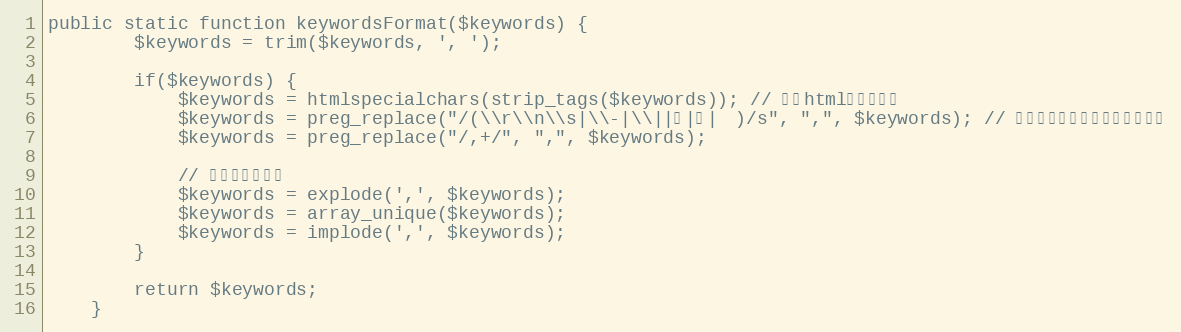
Language: PHP
public static function keywordsFormat($keywords) {
		$keywords = trim($keywords, ', ');

		if($keywords) {
			$keywords = htmlspecialchars(strip_tags($keywords)); // 去掉html和特殊符号
			$keywords = preg_replace("/(\\r\\n\\s|\\-|\\||，|、|　)/s", ",", $keywords); // 将空格，全角符号转为半角符号
			$keywords = preg_replace("/,+/", ",", $keywords);

			// 去掉重复的标签
			$keywords = explode(',', $keywords);
			$keywords = array_unique($keywords);
			$keywords = implode(',', $keywords);
		}

		return $keywords;
	}